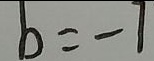
b = - 7